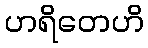
ဟရိတေဟိ